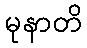
မုနာတိ